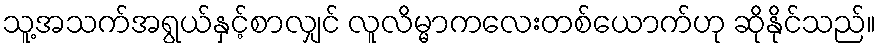
သူ့အသက်အရွယ်နှင့်စာလျှင် လူလိမ္မာကလေးတစ်ယောက်ဟု ဆိုနိုင်သည်။